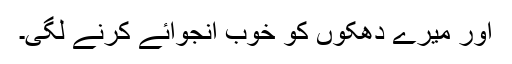
اور میرے دھکوں کو خوب انجوائے کرنے لگی۔